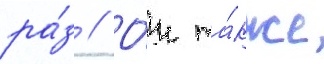
ра́з // О́н та́кже